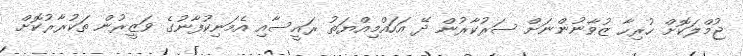
ޖުމްލަކޮށް ހުރިހާ ޒުވާނުންނަށް ސަރުކާރުން ދޭ އަހައްމިއްޔަތު ރައީސާއި އެމަނިކުފާނުގެ ވަޒީރުން ތަކުރާރުކޮށް